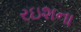
રઇશના